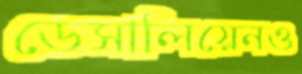
ডেসালিয়েনও